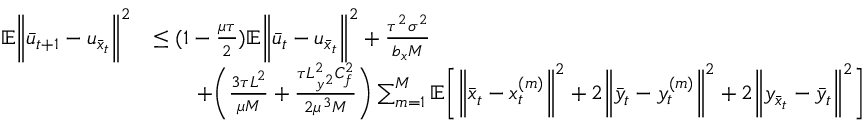
\begin{array} { r l } { \mathbb { E } \bigg \| \bar { u } _ { t + 1 } - u _ { \bar { x } _ { t } } \bigg \| ^ { 2 } } & { \leq ( 1 - \frac { \mu \tau } { 2 } ) \mathbb { E } \bigg \| \bar { u } _ { t } - u _ { \bar { x } _ { t } } \bigg \| ^ { 2 } + \frac { \tau ^ { 2 } \sigma ^ { 2 } } { b _ { x } M } } \\ & { \qquad + \bigg ( \frac { 3 \tau L ^ { 2 } } { \mu M } + \frac { \tau L _ { y ^ { 2 } } ^ { 2 } C _ { f } ^ { 2 } } { 2 \mu ^ { 3 } M } \bigg ) \sum _ { m = 1 } ^ { M } \mathbb { E } \bigg [ \bigg \| \bar { x } _ { t } - x _ { t } ^ { ( m ) } \bigg \| ^ { 2 } + 2 \bigg \| \bar { y } _ { t } - y _ { t } ^ { ( m ) } \bigg \| ^ { 2 } + 2 \bigg \| y _ { \bar { x } _ { t } } - \bar { y } _ { t } \bigg \| ^ { 2 } \bigg ] } \end{array}